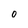
Character: 0